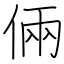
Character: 倆